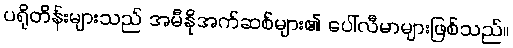
ပရိုတိန်းများသည် အမီနိုအက်ဆစ်များ၏ ပေါ်လီမာများဖြစ်သည်။